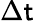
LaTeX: \Delta{\sf t}